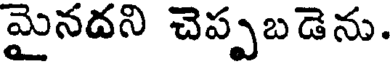
మైనదని చెప్పబడెను.